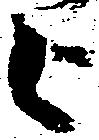
被